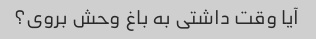
آیا وقت داشتی به باغ وحش بروی؟